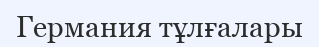
Германия тұлғалары